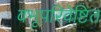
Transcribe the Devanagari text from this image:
वभूपरिवेष्टित